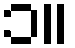
၁။